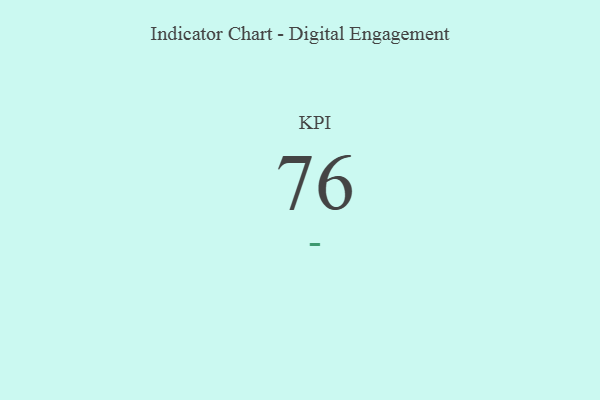
{"axis": {"x": "KPI", "y": "Value"}, "legend": [""], "data": [{"x": "KPI", "y": 76, "type": ""}]}